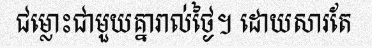
ជម្លោះជាមួយគ្នារាល់ថ្ងៃ។ ដោយសារតែ